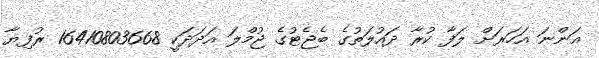
އަންނަ އަހަރަށް ލަފާ ކުރާ ދައުލަތުގެ ބެޖެޓުގެ ޖުމްލަ އަދަދަކީ 16410803668 ރުފިޔާ